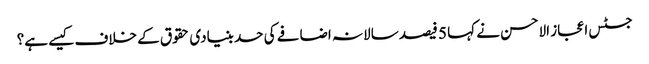
جسٹس اعجاز الاحسن نے کہا 5 فیصد سالانہ اضافے کی حد بنیادی حقوق کے خلاف کیسے ہے؟